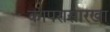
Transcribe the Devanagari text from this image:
कापरासारखा